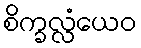
စိက္ခလ္လံယေဝ